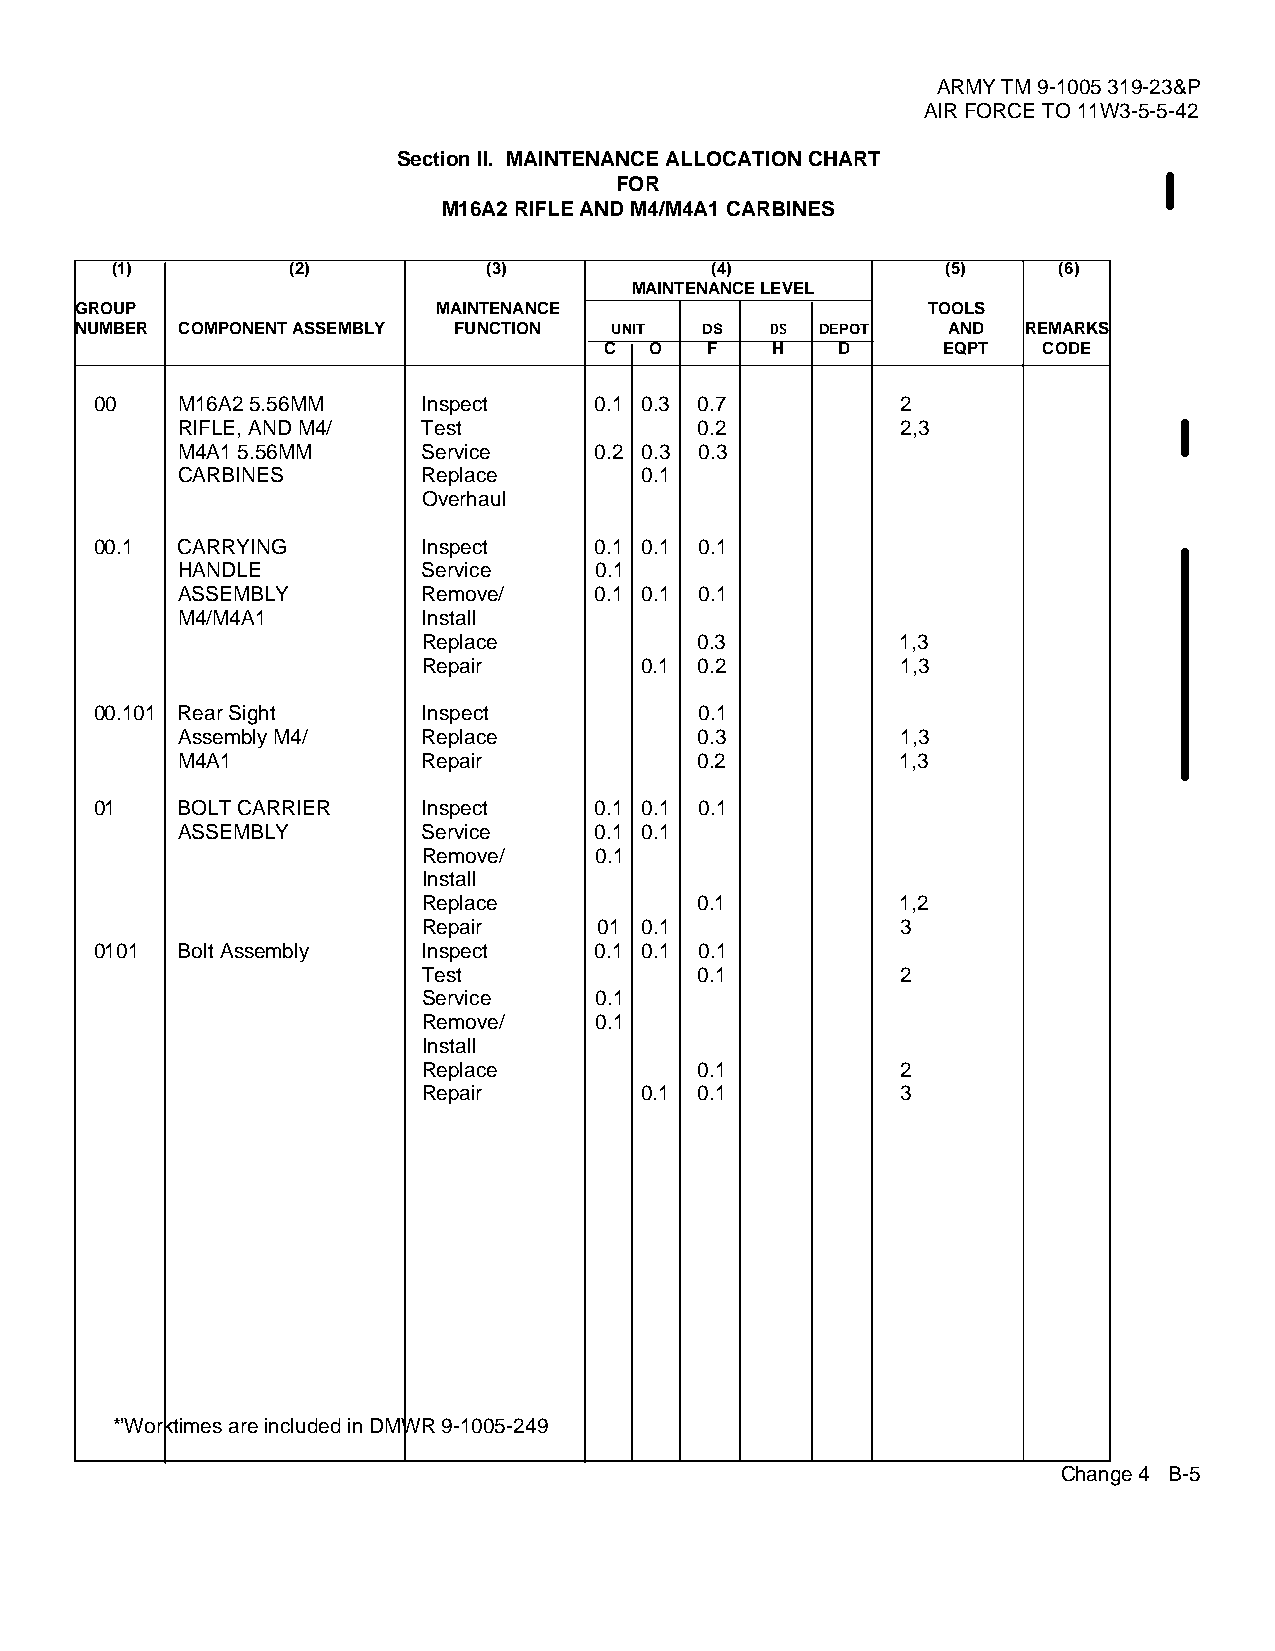
ARMY TM 9-1005 319-23&P
 AIR FORCE TO 11W3-5-5-42
 Section II. MAINTENANCE ALLOCATION CHART
 FOR
 M16A2 RIFLE AND M4/M4A1 CARBINES
 (1)         (2)          (3)            (4)             (5)    (6)
 MAINTENANCE LEVEL
 GROUP                   MAINTENANCE                     TOOLS
 NUMBER COMPONENT ASSEMBLY FUNCTION UNIT   DS  DS DEPOT    AND  REMARKS
 C  O   F   H   D      EQPT   CODE
 00    M16A2 5.56MM    Inspect    0.1 0.3 0.7          2
 RIFLE, AND M4/  Test              0.2           2,3
 M4A1 5.56MM     Service    0.2 0.3 0.3
 CARBINES        Replace        0.1
 Overhaul
 00.1  CARRYING        Inspect    0.1 0.1 0.1
 HANDLE          Service    0.1
 ASSEMBLY        Remove/    0.1 0.1 0.1
 M4/M4A1         Install
 Replace           0.3           1,3
 Repair         0.1 0.2          1,3
 00.101 Rear Sight     Inspect           0.1
 Assembly M4/    Replace           0.3           1,3
 M4A1            Repair            0.2           1,3
 01    BOLT CARRIER    Inspect    0.1 0.1 0.1
 ASSEMBLY        Service    0.1 0.1
 Remove/    0.1
 Install
 Replace           0.1           1,2
 Repair      01 0.1              3
 0101  Bolt Assembly   Inspect    0.1 0.1 0.1
 Test              0.1           2
 Service    0.1
 Remove/    0.1
 Install
 Replace           0.1           2
 Repair         0.1 0.1          3
 *’Worktimes are included in DMWR 9-1005-249
 Change 4 B-5